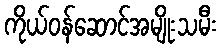
ကိုယ်ဝန်ဆောင်အမျိုးသမီး